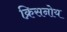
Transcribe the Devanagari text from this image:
क्रिसनोय